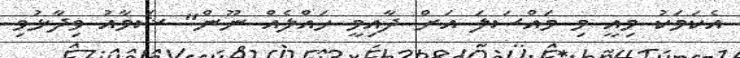
އެކަމަކު މިއީ މި މައްސަލަ އަށް ދާއިމީ ހައްލެއް ނޫން" ޝަމާއު ވިދާޅުވި